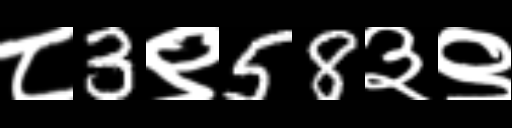
Text: ८3९58३९